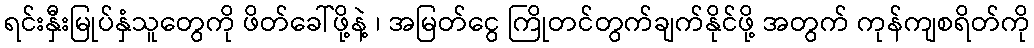
ရင်းနှီးမြုပ်နှံသူတွေကို ဖိတ်ခေါ်ဖို့နဲ့ ၊ အမြတ်ငွေ ကြိုတင်တွက်ချက်နိုင်ဖို့ အတွက် ကုန်ကျစရိတ်ကို